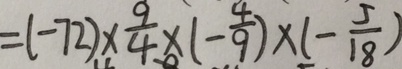
= ( - 7 2 ) \times \frac { 9 } { 4 } \times ( - \frac { 4 } { 9 } ) \times ( - \frac { 5 } { 1 8 } )